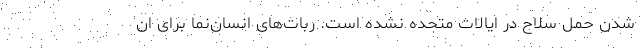
شدن حمل سلاح در ایالات متحده نشده است. ربات‌های انسان‌نما برای ان